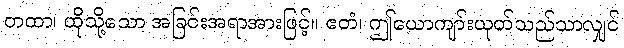
တထာ၊ ထိုသို့သော အခြင်းအရာအားဖြင့်။ ဧတံ၊ ဤယောကျာ်းယုတ်သည်သာလျှင်